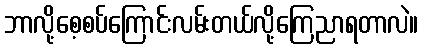
ဘာလို့စေ့စပ်ကြောင်းလမ်းတယ်လို့ကြေညာရတာလဲ။